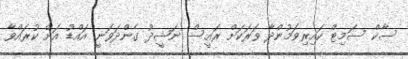
ސާކް ސަމިޓް ކައިރިވަމުންދާ ވަރަކަށް ރައީސް ނަޝީދު ގެންދަވަނީ އައްޑު އަށް ކުރައްވާ